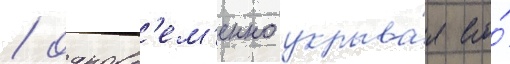
/ одновр'ем'енно укрыва́я его́